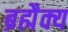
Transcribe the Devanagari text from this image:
ब्रह्मैक्य